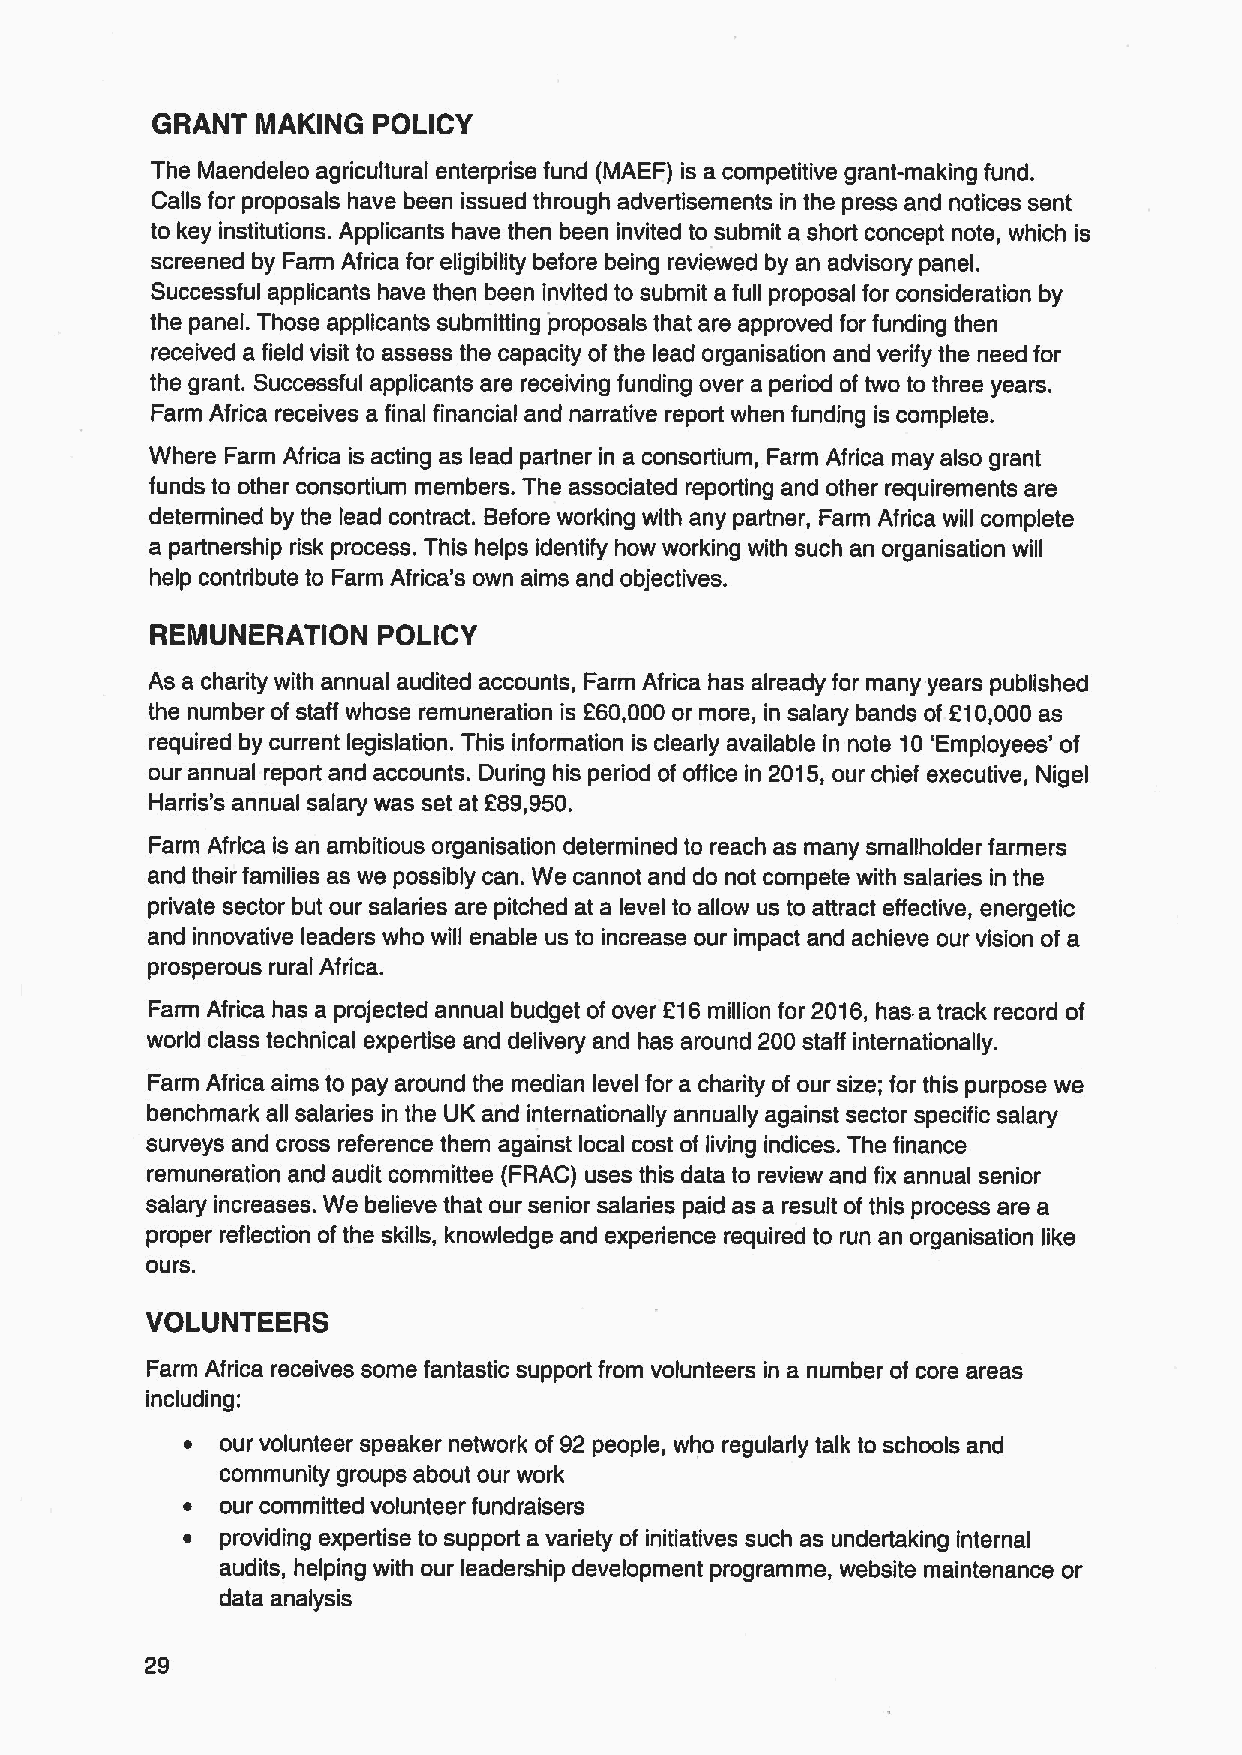
GRANT  MAKING  POLICY
 The Maendeleo agricultural enterprise fund (MAEF) is a competitive grant-making fund.
 Calls for proposals have been issued through advertisements in the press and notices sent
 to key institutions. Applicants have then been invited to submit a short concept note, which is
 screened by Farm Africa for eligibility before being reviewed by an advisory panel.
 Successful applicants have then been invited to submit a full proposal for consideration by
 the panel. Those applicants submitting proposals that are approved for funding then
 received a field visit to assess the capacity of the lead organisation and verify the need for
 the grant. Successful applicants are receiving funding over a period of two to three years.
 Farm Africa receives a final financial and narrative report when funding is complete.
 Where Farm Africa is acting as lead partner in a consortium, Farm Africa may also grant
 funds to other consortium members. The associated reporting and other requirements are
 determined by the lead contract. Before working with any partner, Farm Africa will complete
 a partnership risk process. This helps identify how working with such an organisation will
 help contribute to Farm Africa's own aims and objectives.
 REMUNERATION   POLICY
 As a charity with annual audited accounts, Farm Africa has already for many years published
 the number of staff whose remuneration is 260,000 or more, in salary bands of 210,000 as
 required by current legislation. This information is clearly available in note 10'Employees' of
 our annual report and accounts. During his period of office in 2015,our chief executive, Nigel
 Harris's annual salary was set at 289,950.
 Farm Africa is an ambitious organisation determined to reach as many smallholder farmers
 and their families as we possibly can. We cannot and do not compete with salaries in the
 private sector but our salaries are pitched at a level to allow us to attract effective, energetic
 and innovative leaders who will enable us to increase our impact and achieve our vision of a
 prosperous rural Africa.
 Farm Africa has a projected annual budget of over 216million for 2016, has a track record of
 world class technical expertise and delivery and has around 200 staff internationally.
 Farm Africa aims to pay around the median level for a charity of our size; for this purpose we
 benchmark all salaries in the UK and internationally annually against sector specific salary
 surveys and cross reference them against local cost of living indices. The finance
 remuneration and audit committee (FRAG) uses this data to review and fix annual senior
 salary increases. We believe that our senior salaries paid as a result of this process are a
 proper reflection ofthe skills, knowledge and experience required to run an organisation like
 ours.
 VOLUNTEERS
 Farm Africa receives some fantastic support from volunteers in a number of core areas
 including:
 ~  our volunteer speaker network of 92 people, who regularly talk to schools and
 community groups about our work
 ~  our committed volunteer fundraisers
 ~  providing expertise to support a variety of initiatives such as undertaking internal
 audits, helping with our leadership development programme, website maintenance or
 data analysis
 29